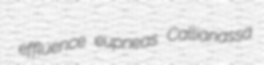
effluence eupneas Callianassa